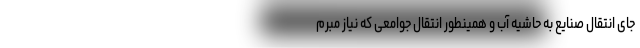
جای انتقال صنایع به حاشیه آب و همینطور انتقال جوامعی که نیاز مبرم